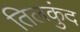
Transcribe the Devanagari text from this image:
तिलकुंद